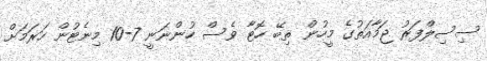
ސިސިލްފަރު ޖަމާއަތުގެ މީހުން ތިބޭ ހޮޓާ ވެސް ހުންނަނީ 7-10 މިނެޓުން ހަރަމަށް